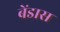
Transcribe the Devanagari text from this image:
बेंडास